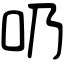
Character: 𠮨